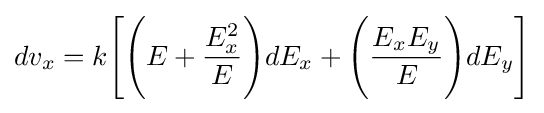
dv_{x}=k{\Biggl [}{\Biggl (}E+{\frac {E_{x}^{2}}{E}}{\Biggr )}dE_{x}+{\Biggl (}{\frac {E_{x}E_{y}}{E}}{\Biggr )}dE_{y}{\Biggr ]}